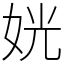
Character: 姯